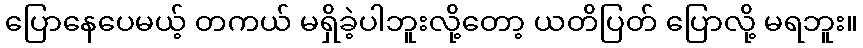
ပြောနေပေမယ့် တကယ် မရှိခဲ့ပါဘူးလို့တော့ ယတိပြတ် ပြောလို့ မရဘူး။